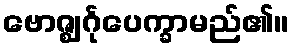
ဗောဇ္ဈင်္ဂုပေက္ခာမည်၏။